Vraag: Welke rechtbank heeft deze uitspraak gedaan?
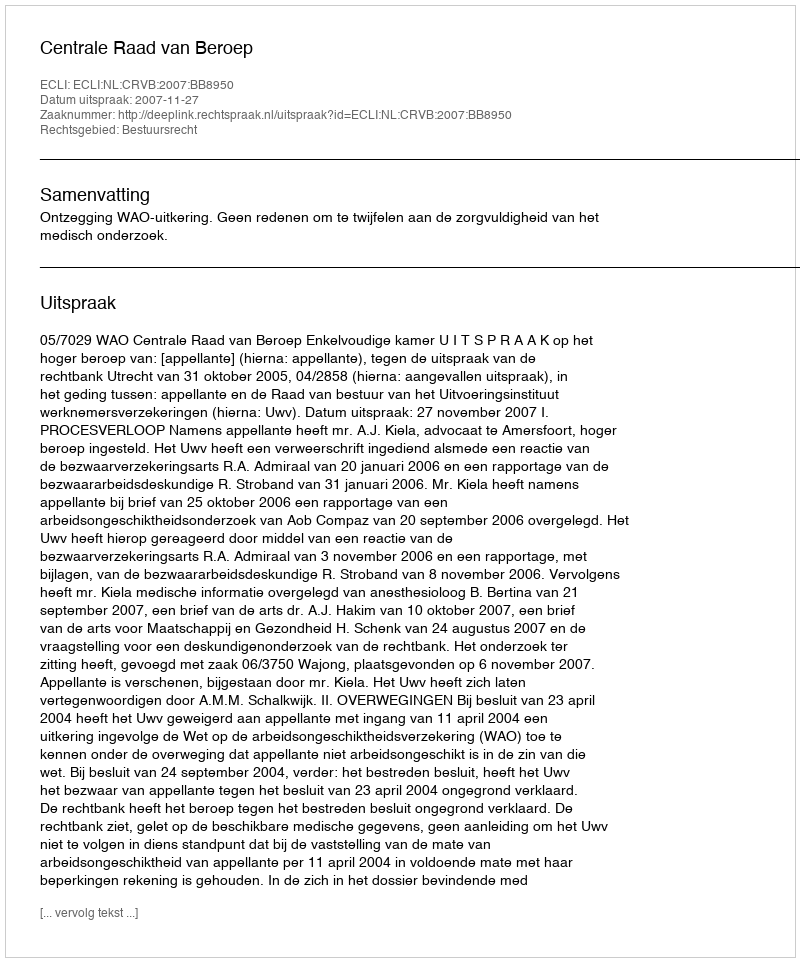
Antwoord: Centrale Raad van Beroep